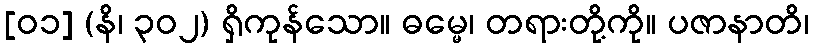
[၀၁] (နိ၊ ၃၀၂) ရှိကုန်သော။ ဓမ္မေ၊ တရားတို့ကို။ ပဇာနာတိ၊